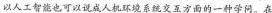
以人工智能也可以说成人机环境系统交互方面的一种学问。在